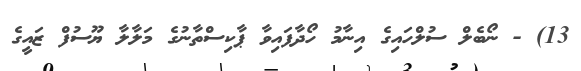
13) - ނޯބެލް ސުލްހައިގެ އިނާމު ހޯދާފައިވާ ޕާކިސްތާނުގެ މަލާލާ ޔޫސުފް ޒައީގެ